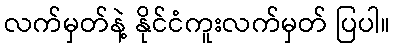
လက်မှတ်နဲ့ နိုင်ငံကူးလက်မှတ် ပြပါ။